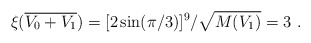
\begin{align*}\xi({\overline {V_0+V_1}}) =[2\sin(\pi/3)]^9/{\sqrt{M(V_1)}} = 3~.\end{align*}